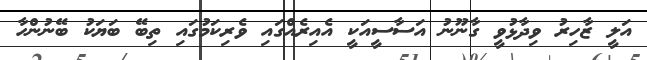
އަލީ ޒާހިރު ވިދާޅުވީ ގާނޫނު އަސާސީއަކީ އެއިރެއްގައި ވެރިކަމުގައި ތިބޭ ބަޔަކު ބޭނުންހާ